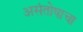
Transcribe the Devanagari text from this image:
असंतोषाचा